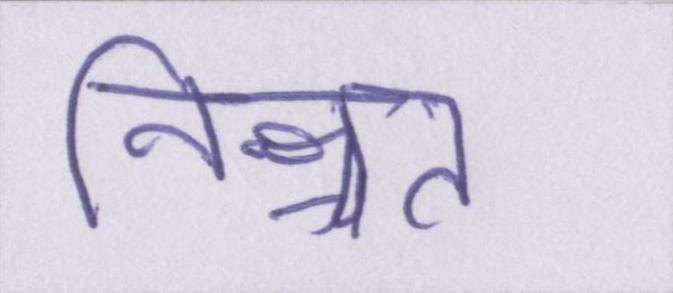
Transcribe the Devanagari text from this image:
निश्चत